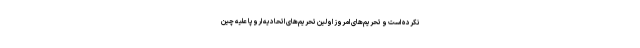
نکرده است و تحریم‌های امروز اولین تحریم‌های اتحادیه اروپا علیه چین